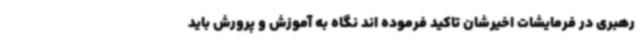
رهبری در فرمایشات اخیرشان تاکید فرموده اند نگاه به آموزش و پرورش باید